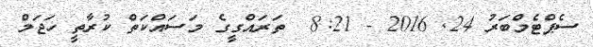
ސެޕްޓެމްބަރު 24